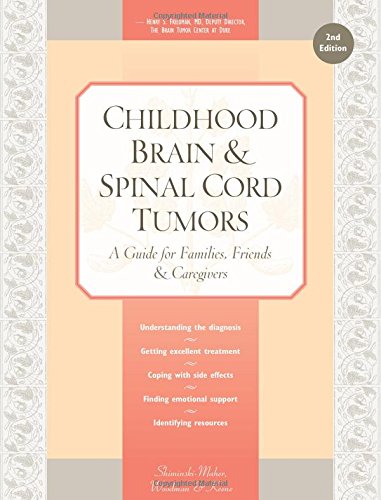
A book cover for Childhood Brain & Spinal Cord Tumors: A Guide for Families, Friends & Caregivers; Tania Shiminski-Maher; Health, Fitness & Dieting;